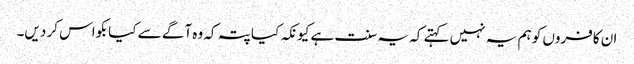
ان کافروں کو ہم یہ نہیں کہتے کہ یہ سنت ہے کیونکہ کیا پتہ کہ وہ آگے سے کیا بکواس کر دیں۔